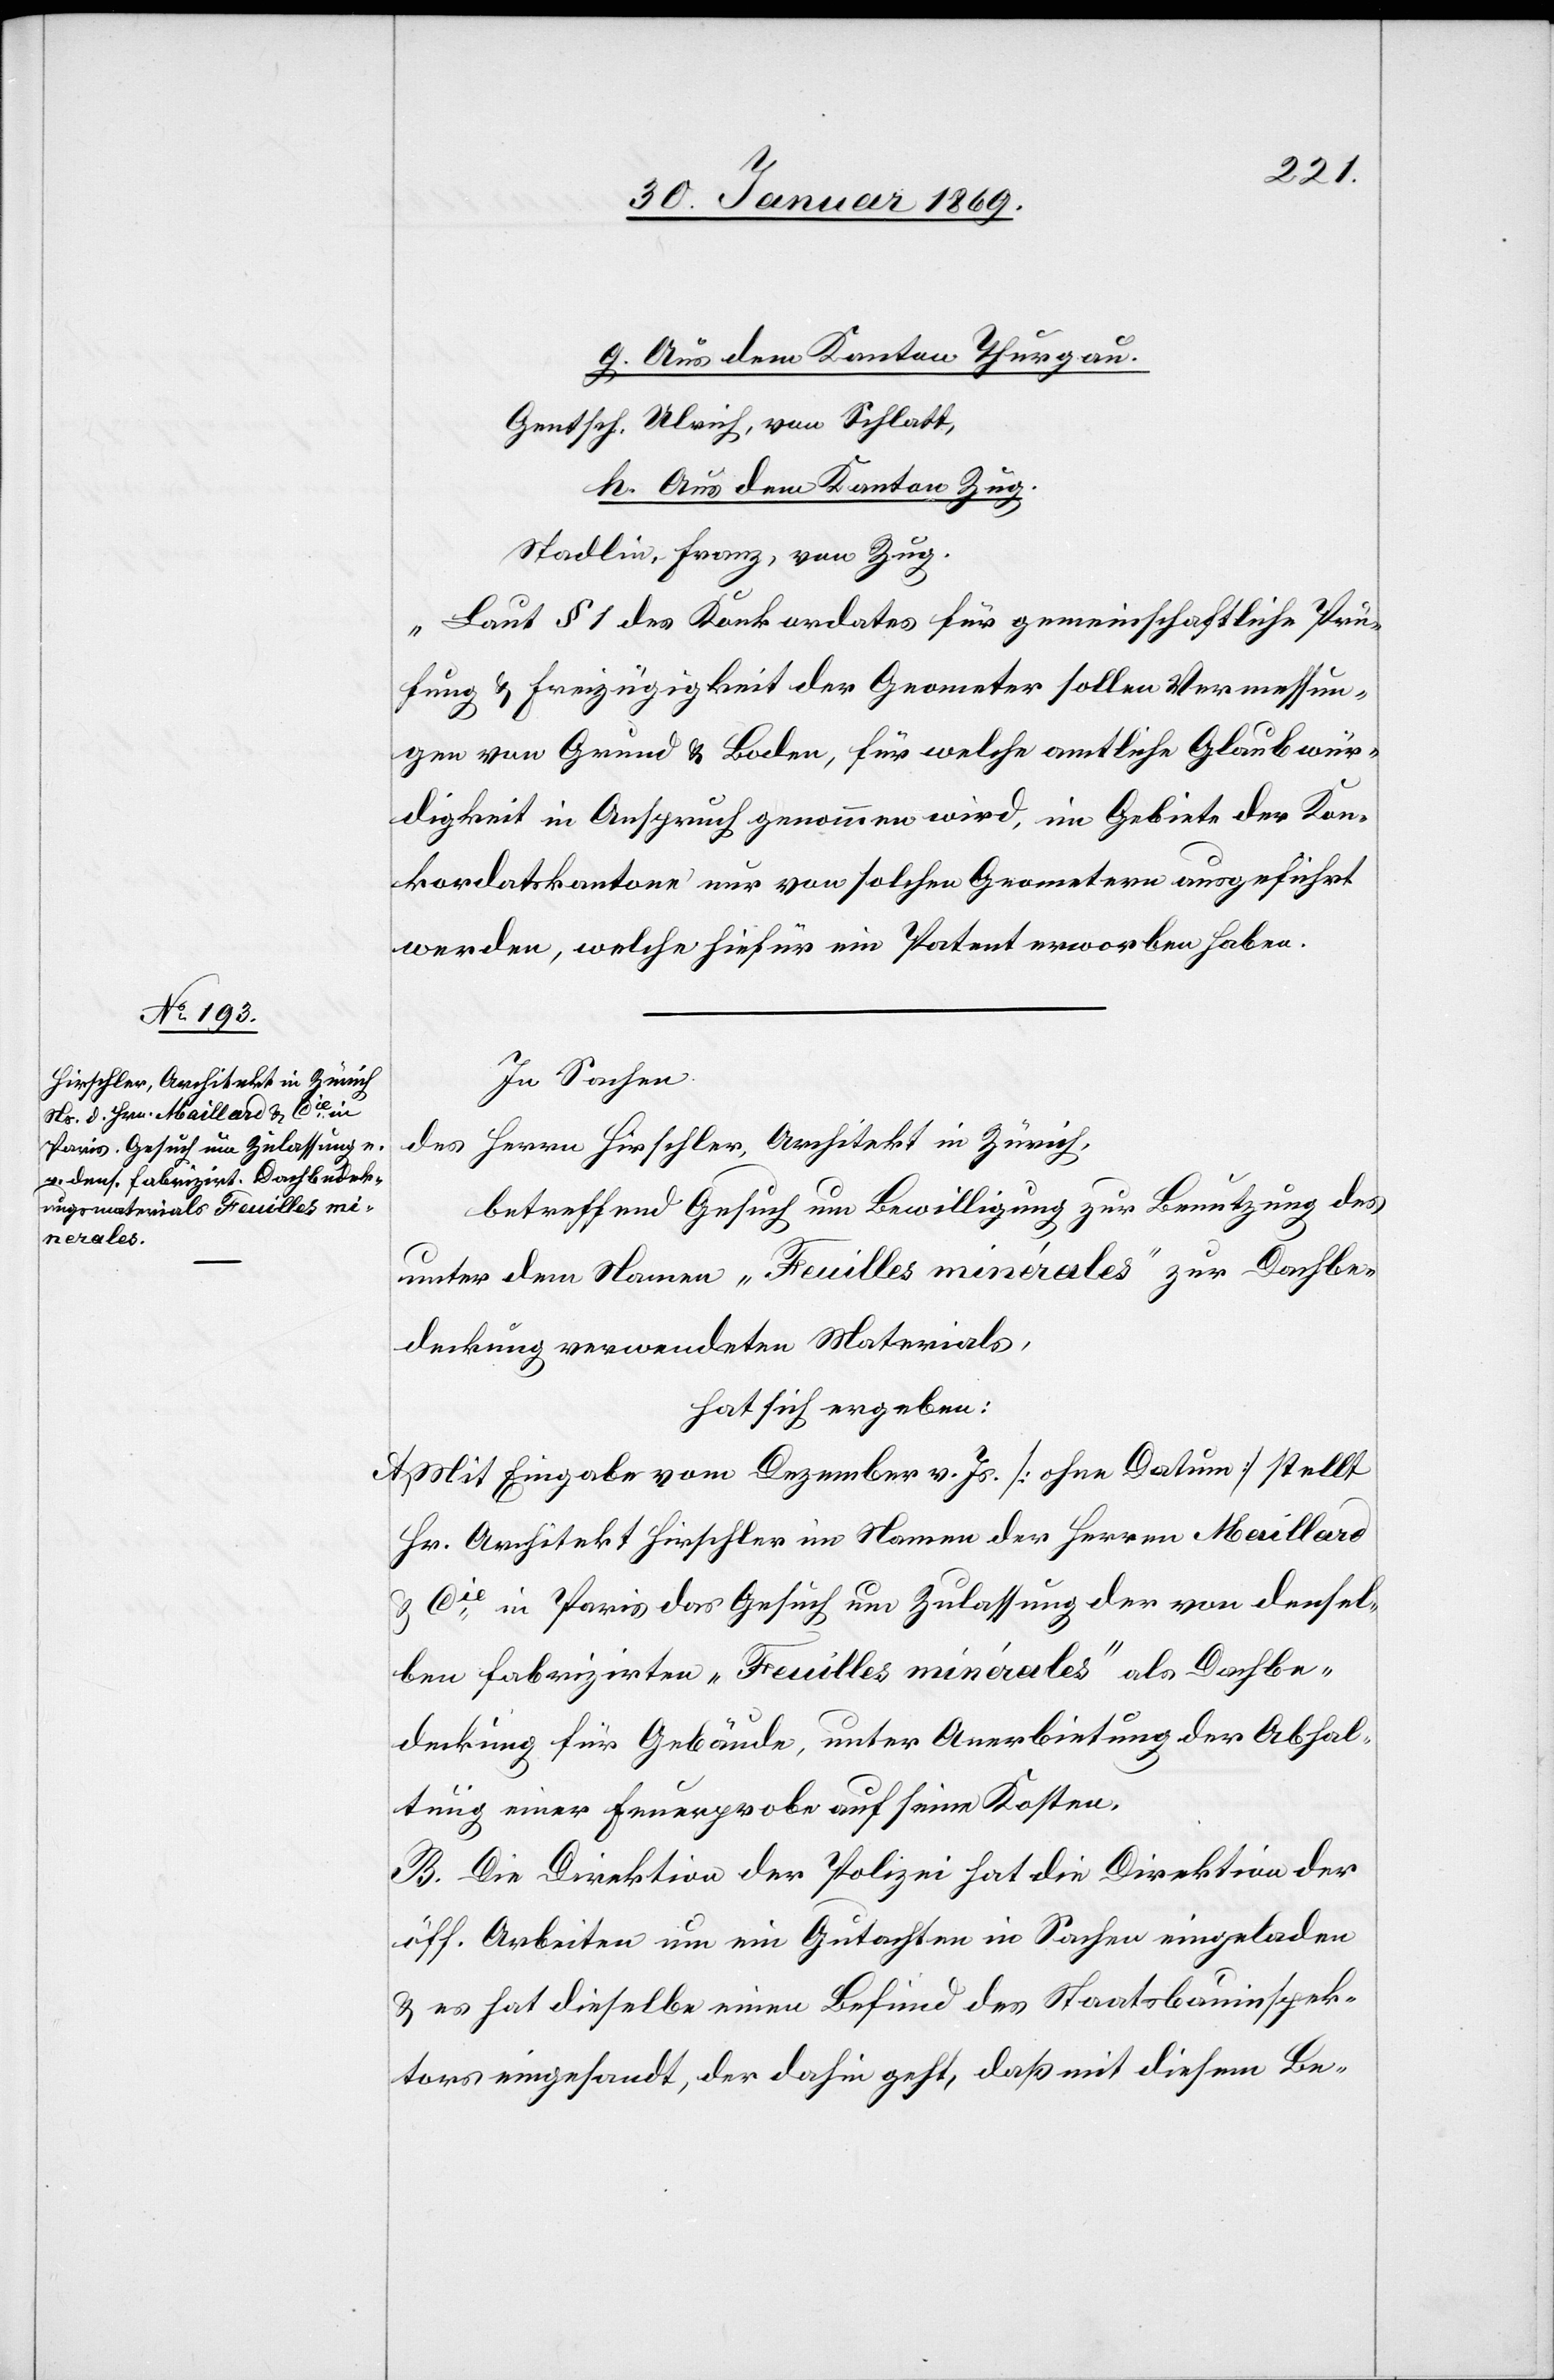
g. Aus dem Kanton Thurgau.
Gentsch. Ulrich, von Schlatt,
h. Aus dem Kanton Zug.
Stadlin, Franz, von Zug.
„Laut § 1 des Konkordates für gemeinschaftliche Prü¬
fung u. Freizügigkeit der Geometer sollen Vermessun¬
gen von Grund u. Boden, für welche amtliche Glaubwür¬
digkeit in Anspruch genommen wird, im Gebiete der Kon¬
kordatskantone nur von solchen Grometern ausgeführt
werden, welche hiefür ein Patent erworben haben.“
In Sachen
Herrn Hirschler, Architekt in Zürich,
des
betreffend Gesuch um Bewilligung zur Benutzung des
unter dem Namen „Feuilles minérales“ zur Dachbe¬
deckung verwendeten Materials,
hat sich ergeben:
A. Mit Eingabe vom Dezember v. Js. [ohne Datum] stellt
Hr. Architekt Hirschler im Namen der Herrn Maillard
u Cie in Paris das Gesuch um Zulassung der von densel¬
ben fabrizirten „Feuilles minérales“ als Dachbe¬
deckung für Gebäude, unter Anerbietung der Abhal¬
tung einer Feuerprobe auf seine Kosten.
B. Die Direktion der Polizei hat die Direktion der
öff. Arbeiten um ein Gutachten in Sachen eingeladen
u. es hat dieselbe einen Befund des Staatsbauinspek¬
tors eingesandt, der dahin geht, daß mit diesem Be-